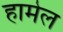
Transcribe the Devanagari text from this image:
हामेल